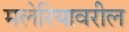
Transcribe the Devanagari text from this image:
मलेरियावरील